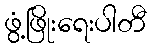
ဖွံ့ဖြိုးရေးပါတီ